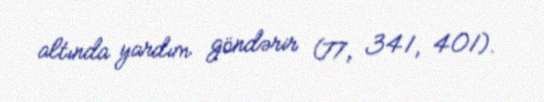
altında yardım göndərir (77, 341, 401).